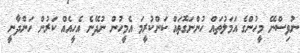
ނުވިސްނޭ މީހުންގެ އަމަލުތައް ހުންނަގޮތައް ކަންކުރީމަ އެމީހުން ނުދޭނެ އެހީއެއް ކަރުން ހަންދާނީ